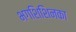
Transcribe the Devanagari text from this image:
भगशिशिनका